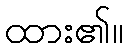
ထား၏။